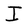
Character: I